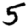
Digit: 5